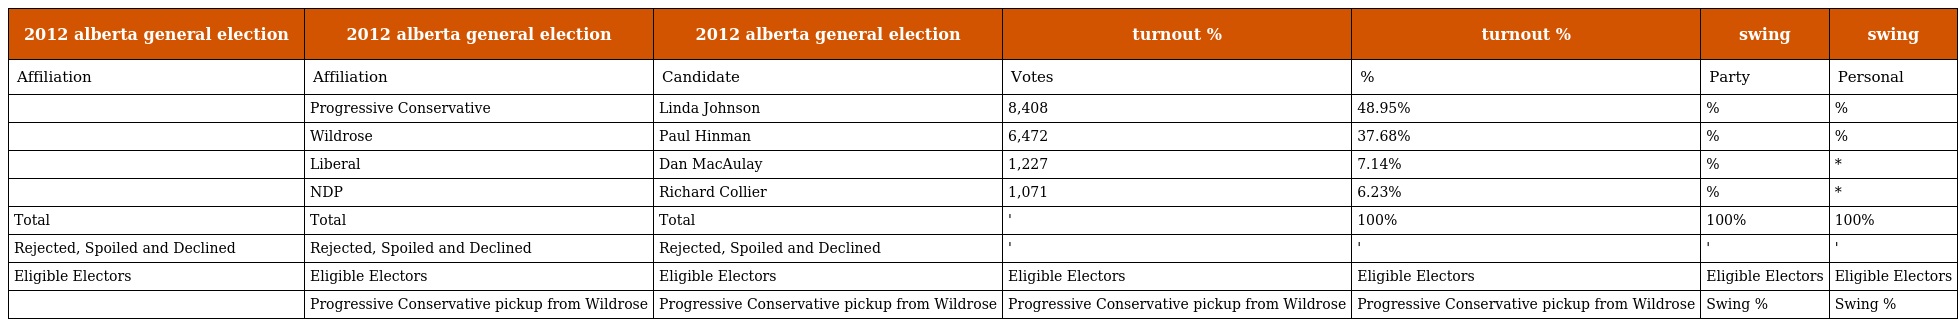
| 2012 alberta general election | 2012 alberta general election | 2012 alberta general election | turnout % | turnout % | swing | swing |
 | --- | --- | --- | --- | --- | --- | --- |
 | Affiliation | Affiliation | Candidate | Votes | % | Party | Personal |
 |  | Progressive Conservative | Linda Johnson | 8,408 | 48.95% | % | % |
 |  | Wildrose | Paul Hinman | 6,472 | 37.68% | % | % |
 |  | Liberal | Dan MacAulay | 1,227 | 7.14% | % | * |
 |  | NDP | Richard Collier | 1,071 | 6.23% | % | * |
 | Total | Total | Total | ' | 100% | 100% | 100% |
 | Rejected, Spoiled and Declined | Rejected, Spoiled and Declined | Rejected, Spoiled and Declined | ' | ' | ' | ' |
 | Eligible Electors | Eligible Electors | Eligible Electors | Eligible Electors | Eligible Electors | Eligible Electors | Eligible Electors |
 |  | Progressive Conservative pickup from Wildrose | Progressive Conservative pickup from Wildrose | Progressive Conservative pickup from Wildrose | Progressive Conservative pickup from Wildrose | Swing % | Swing % |